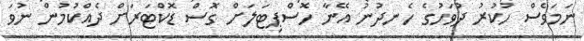
ނަމަވެސް ހުކުރު ދުވަހުގެ ހެނދުނު އޭނާ ހޮސްޕިޓަލަށް ގޮސް ޑޮކްޓަރަށް ދެއްކުމުން ނުވަ